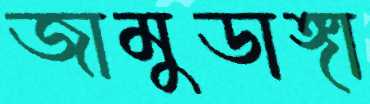
জামুডাঙ্গা